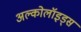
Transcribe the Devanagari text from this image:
अल्कोलॉइड्स